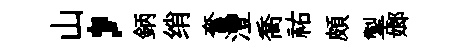
山，鈵绡奮灃喬祐頗掣嫏